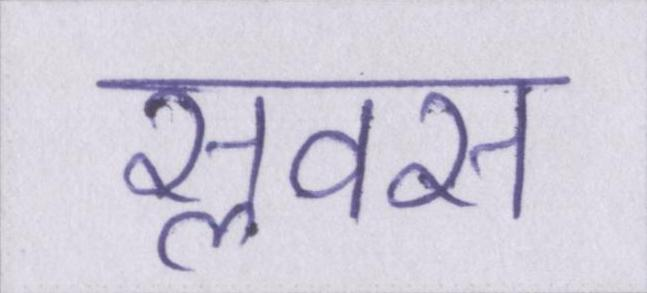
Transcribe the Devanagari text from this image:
सॢवस